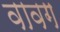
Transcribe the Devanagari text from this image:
वावग